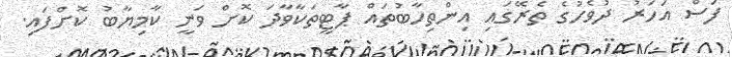
ފަސް އަހަރު ދުވެހުގެ ތެރޭގައި އިންތިހާބުތައް ޕާޓީތަކާވާދަ ކޮށް ވަނީ ކާމިޔާބު ކޮށްފައި.